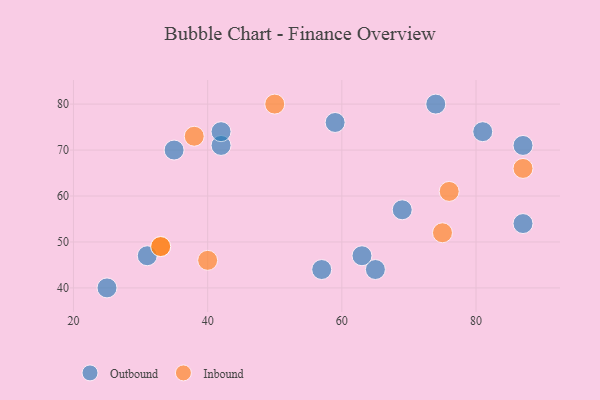
{"axis": {"x": "GDP", "y": "Life Expectancy"}, "legend": ["Inbound", "Outbound"], "data": [{"x": "57", "y": 44, "type": "Outbound"}, {"x": "81", "y": 74, "type": "Outbound"}, {"x": "87", "y": 54, "type": "Outbound"}, {"x": "35", "y": 70, "type": "Outbound"}, {"x": "65", "y": 44, "type": "Outbound"}, {"x": "59", "y": 76, "type": "Outbound"}, {"x": "42", "y": 71, "type": "Outbound"}, {"x": "42", "y": 74, "type": "Outbound"}, {"x": "63", "y": 47, "type": "Outbound"}, {"x": "25", "y": 40, "type": "Outbound"}, {"x": "87", "y": 71, "type": "Outbound"}, {"x": "74", "y": 80, "type": "Outbound"}, {"x": "69", "y": 57, "type": "Outbound"}, {"x": "31", "y": 47, "type": "Outbound"}, {"x": "33", "y": 49, "type": "Inbound"}, {"x": "38", "y": 73, "type": "Inbound"}, {"x": "76", "y": 61, "type": "Inbound"}, {"x": "33", "y": 49, "type": "Inbound"}, {"x": "75", "y": 52, "type": "Inbound"}, {"x": "87", "y": 66, "type": "Inbound"}, {"x": "40", "y": 46, "type": "Inbound"}, {"x": "50", "y": 80, "type": "Inbound"}]}